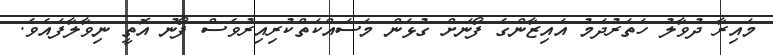
މައިރާ ދުވާލު ހަތަރުދަމު އައިޒާންގެ ފޯނަށް ގުޅަން މަސައްކަތްކުރިއިރުވެސް ފޯނު އޮތީ ނިވާލާފައެވެ.